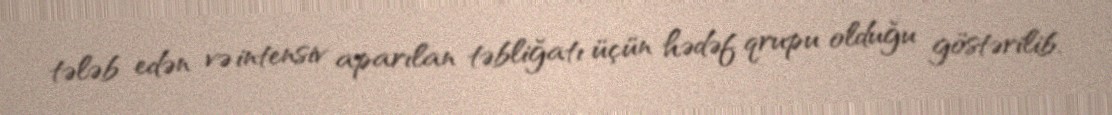
tələb edən və intensiv aparılan təbliğatı üçün hədəf qrupu olduğu göstərilib.